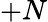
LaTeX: +N